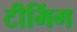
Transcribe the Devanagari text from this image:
टीमिंग